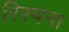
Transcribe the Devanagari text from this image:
रिस्पना